38_143685_box7_Incident_Summaries_1-100
Agency: Department of War
Page 77
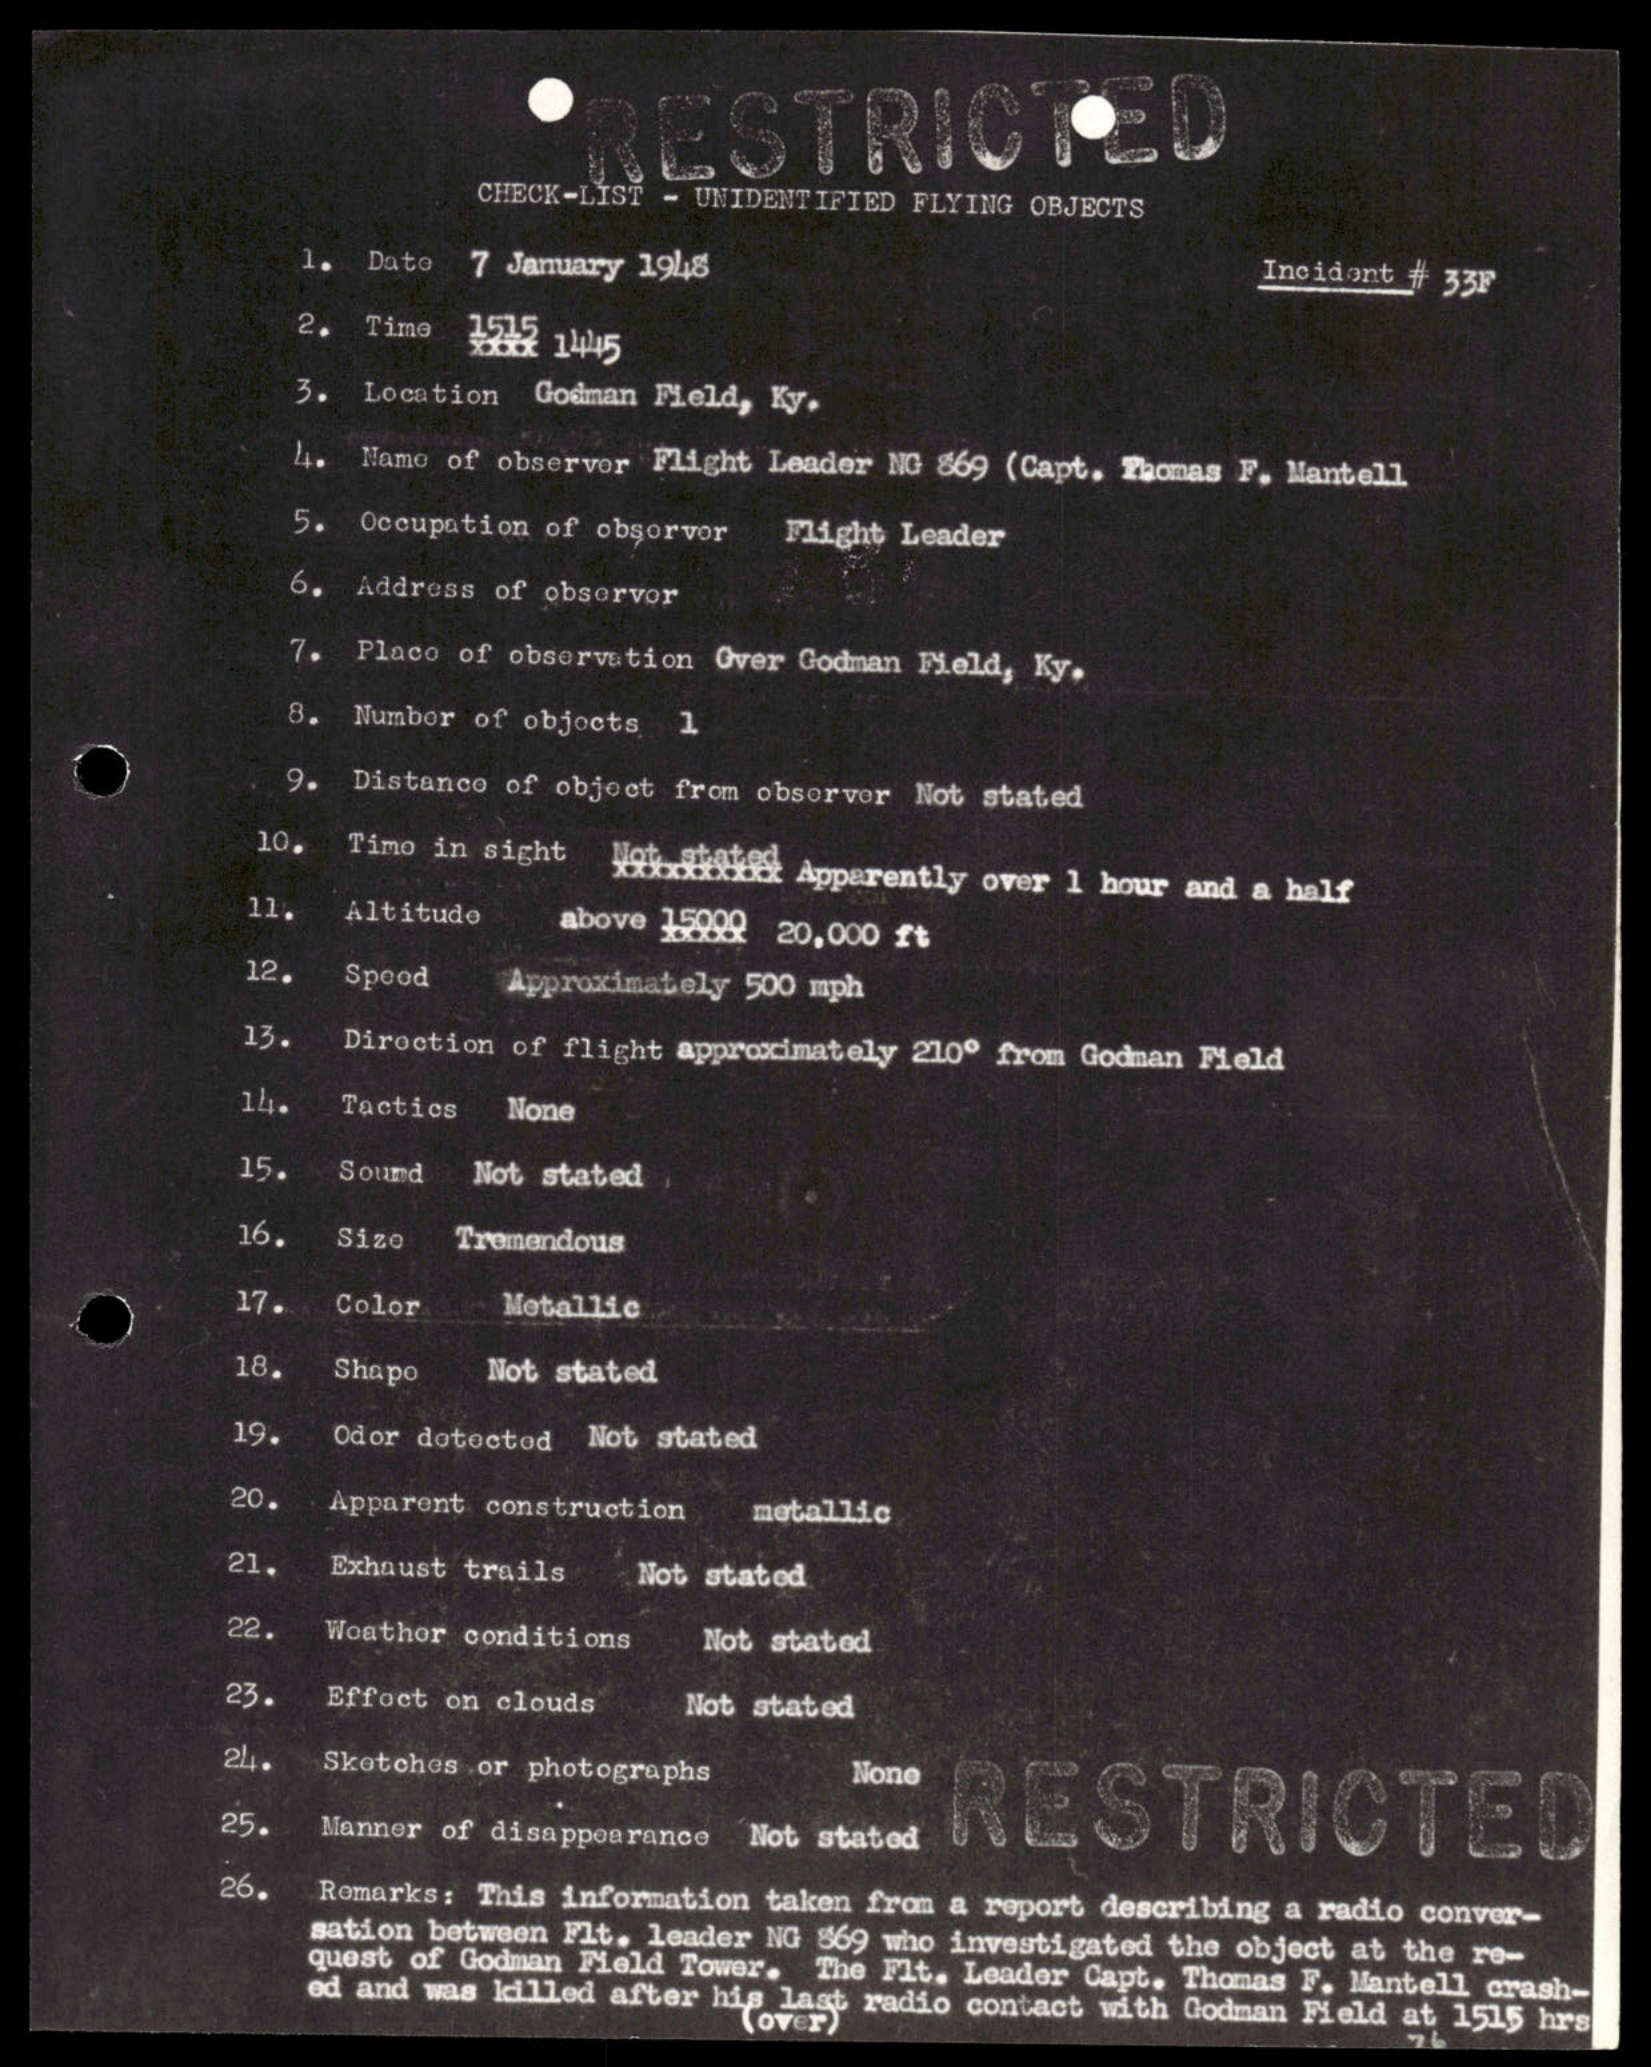